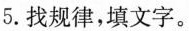
5.找规律，填文字。